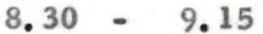
8.30 - 9.15